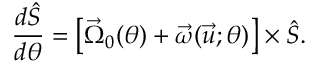
\frac { d \hat { S } } { d \theta } = \left[ \vec { \Omega } _ { 0 } ( \theta ) + \vec { \omega } ( \vec { u } ; \theta ) \right] \times \hat { S } .